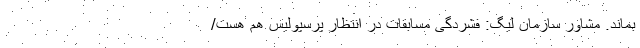
بماند. مشاور سازمان لیگ: فشردگی مسابقات در انتظار پرسپولیس هم هست/